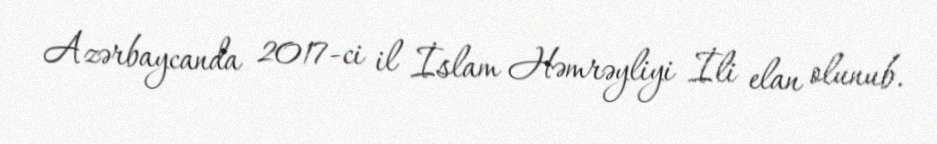
Azərbaycanda 2017-ci il İslam Həmrəyliyi İli elan olunub.